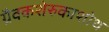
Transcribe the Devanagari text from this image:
ग्रैवकशेरुकाशोथ